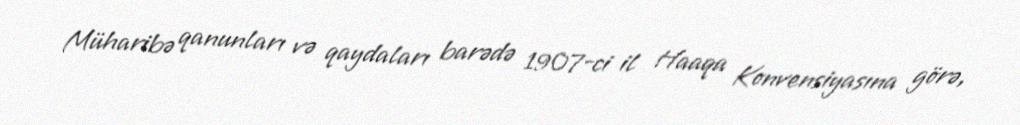
Müharibə qanunları və qaydaları barədə 1907-ci il Haaqa Konvensiyasına görə,